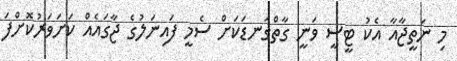
މި ނަތީޖާއާ އެކު ޓީސީ ވަނީ ގާތްގަނޑަކަށް ސެމީ ފައިނަލުގެ ޖާގައެއް ކަށަވަރުކޮށްފަ